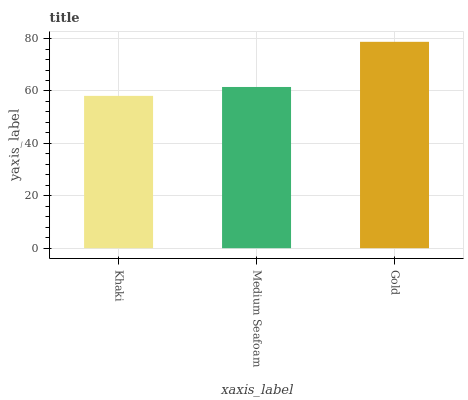
| xaxis_label | bars |
 | --- | --- |
 | Khaki | 58.1 |
 | Medium Seafoam | 61.5 |
 | Gold | 78.8 |